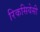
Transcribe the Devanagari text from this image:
रिकसियेसी